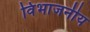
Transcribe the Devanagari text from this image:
विभाजनीय